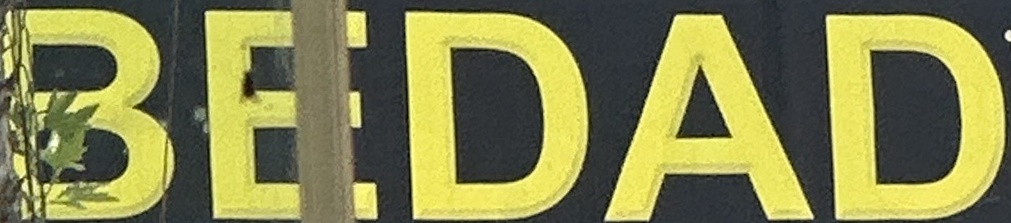
BEDAD